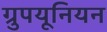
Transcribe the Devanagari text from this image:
ग्रुपयूनियन